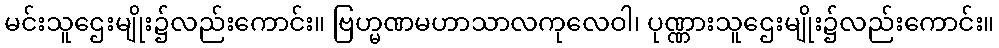
မင်းသူဌေးမျိုး၌လည်းကောင်း။ ဗြဟ္မဏမဟာသာလကုလေဝါ၊ ပုဏ္ဏားသူဌေးမျိုး၌လည်းကောင်း။